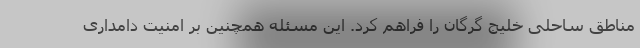
مناطق ساحلی خلیج گرگان را فراهم کرد. این مسئله همچنین بر امنیت دامداری